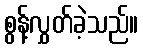
စွန့်လွှတ်ခဲ့သည်။